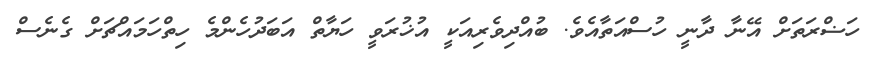
ހަޟްރަތަށް އޭނާ ދާނީ ހުސްއަތާއެވެ. ބުއްދިވެރިއަކީ އުޚުރަވީ ހަޔާތް އަބަދުހެންމެ ހިތްހަމައްޗަށް ގެނެސް